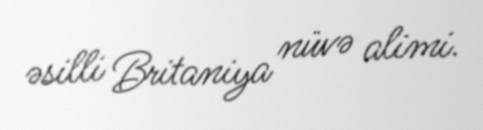
əsilli Britaniya nüvə alimi.